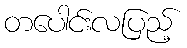
တပေါင်းလပြည့်